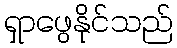
ရှာဖွေနိုင်သည်